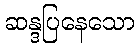
ဆန္ဒပြနေသော